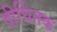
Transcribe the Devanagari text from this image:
दीर्घितक